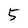
Character: 5